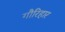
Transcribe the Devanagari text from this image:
गौरिहार